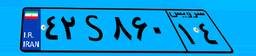
۴۲S۸۶۰۱۴